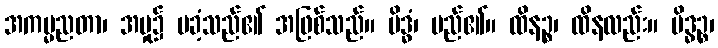
အကမ္မညတာ၊ အမှု၌ မခံ့သည်၏ အဖြစ်သည်။ မိဒ္ဓံ၊ မည်၏။ ထိနဉ္စ၊ ထိနလည်း။ မိဒ္ဓဉ္စ၊